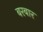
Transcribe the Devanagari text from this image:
बरबार